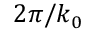
\, 2 \pi / k _ { 0 }